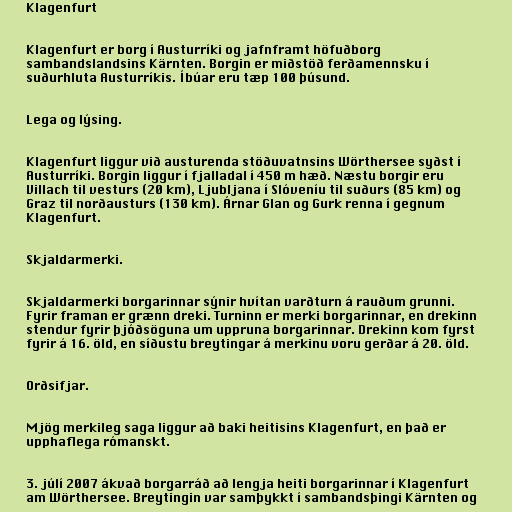
Klagenfurt

Klagenfurt er borg í Austurríki og jafnframt höfuðborg
sambandslandsins Kärnten. Borgin er miðstöð ferðamennsku í
suðurhluta Austurríkis. Íbúar eru tæp 100 þúsund.

Lega og lýsing.

Klagenfurt liggur við austurenda stöðuvatnsins Wörthersee syðst í
Austurríki. Borgin liggur í fjalladal í 450 m hæð. Næstu borgir eru
Villach til vesturs (20 km), Ljubljana í Slóveníu til suðurs (85 km) og
Graz til norðausturs (130 km). Árnar Glan og Gurk renna í gegnum
Klagenfurt.

Skjaldarmerki.

Skjaldarmerki borgarinnar sýnir hvítan varðturn á rauðum grunni.
Fyrir framan er grænn dreki. Turninn er merki borgarinnar, en drekinn
stendur fyrir þjóðsöguna um uppruna borgarinnar. Drekinn kom fyrst
fyrir á 16. öld, en síðustu breytingar á merkinu voru gerðar á 20. öld.

Orðsifjar.

Mjög merkileg saga liggur að baki heitisins Klagenfurt, en það er
upphaflega rómanskt.

3. júlí 2007 ákvað borgarráð að lengja heiti borgarinnar í Klagenfurt
am Wörthersee. Breytingin var samþykkt í sambandsþingi Kärnten og